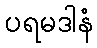
ပရမဒါနံ